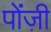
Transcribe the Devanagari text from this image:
पोंज़ी